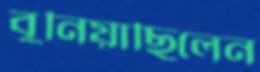
বুনিয়াছিলেন